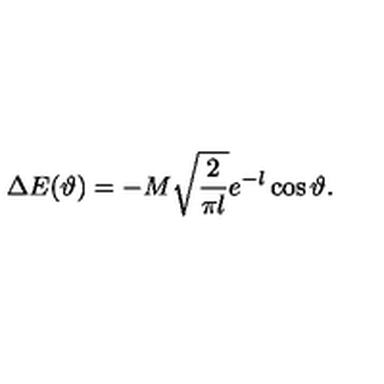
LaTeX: \Delta E ( \vartheta ) = - M \sqrt { \frac { 2 } { \pi l } } e ^ { - l } \cos \vartheta .